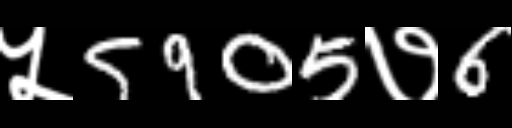
Text: ५5905७6